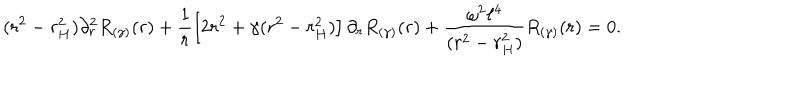
( r ^ { 2 } - r _ { H } ^ { 2 } ) \partial _ { r } ^ { 2 } R _ { ( \gamma ) } ( r ) + \frac { 1 } { r } \left[ 2 r ^ { 2 } + \gamma ( r ^ { 2 } - r _ { H } ^ { 2 } ) \right] \partial _ { r } R _ { ( \gamma ) } ( r ) + \frac { \omega ^ { 2 } \ell ^ { 4 } } { ( r ^ { 2 } - r _ { H } ^ { 2 } ) } R _ { ( \gamma ) } ( r ) = 0 .